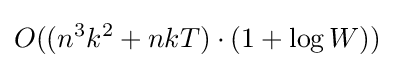
O((n^{3}k^{2}+nkT)\cdot (1+\log {W}))